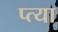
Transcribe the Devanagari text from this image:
प्त्या